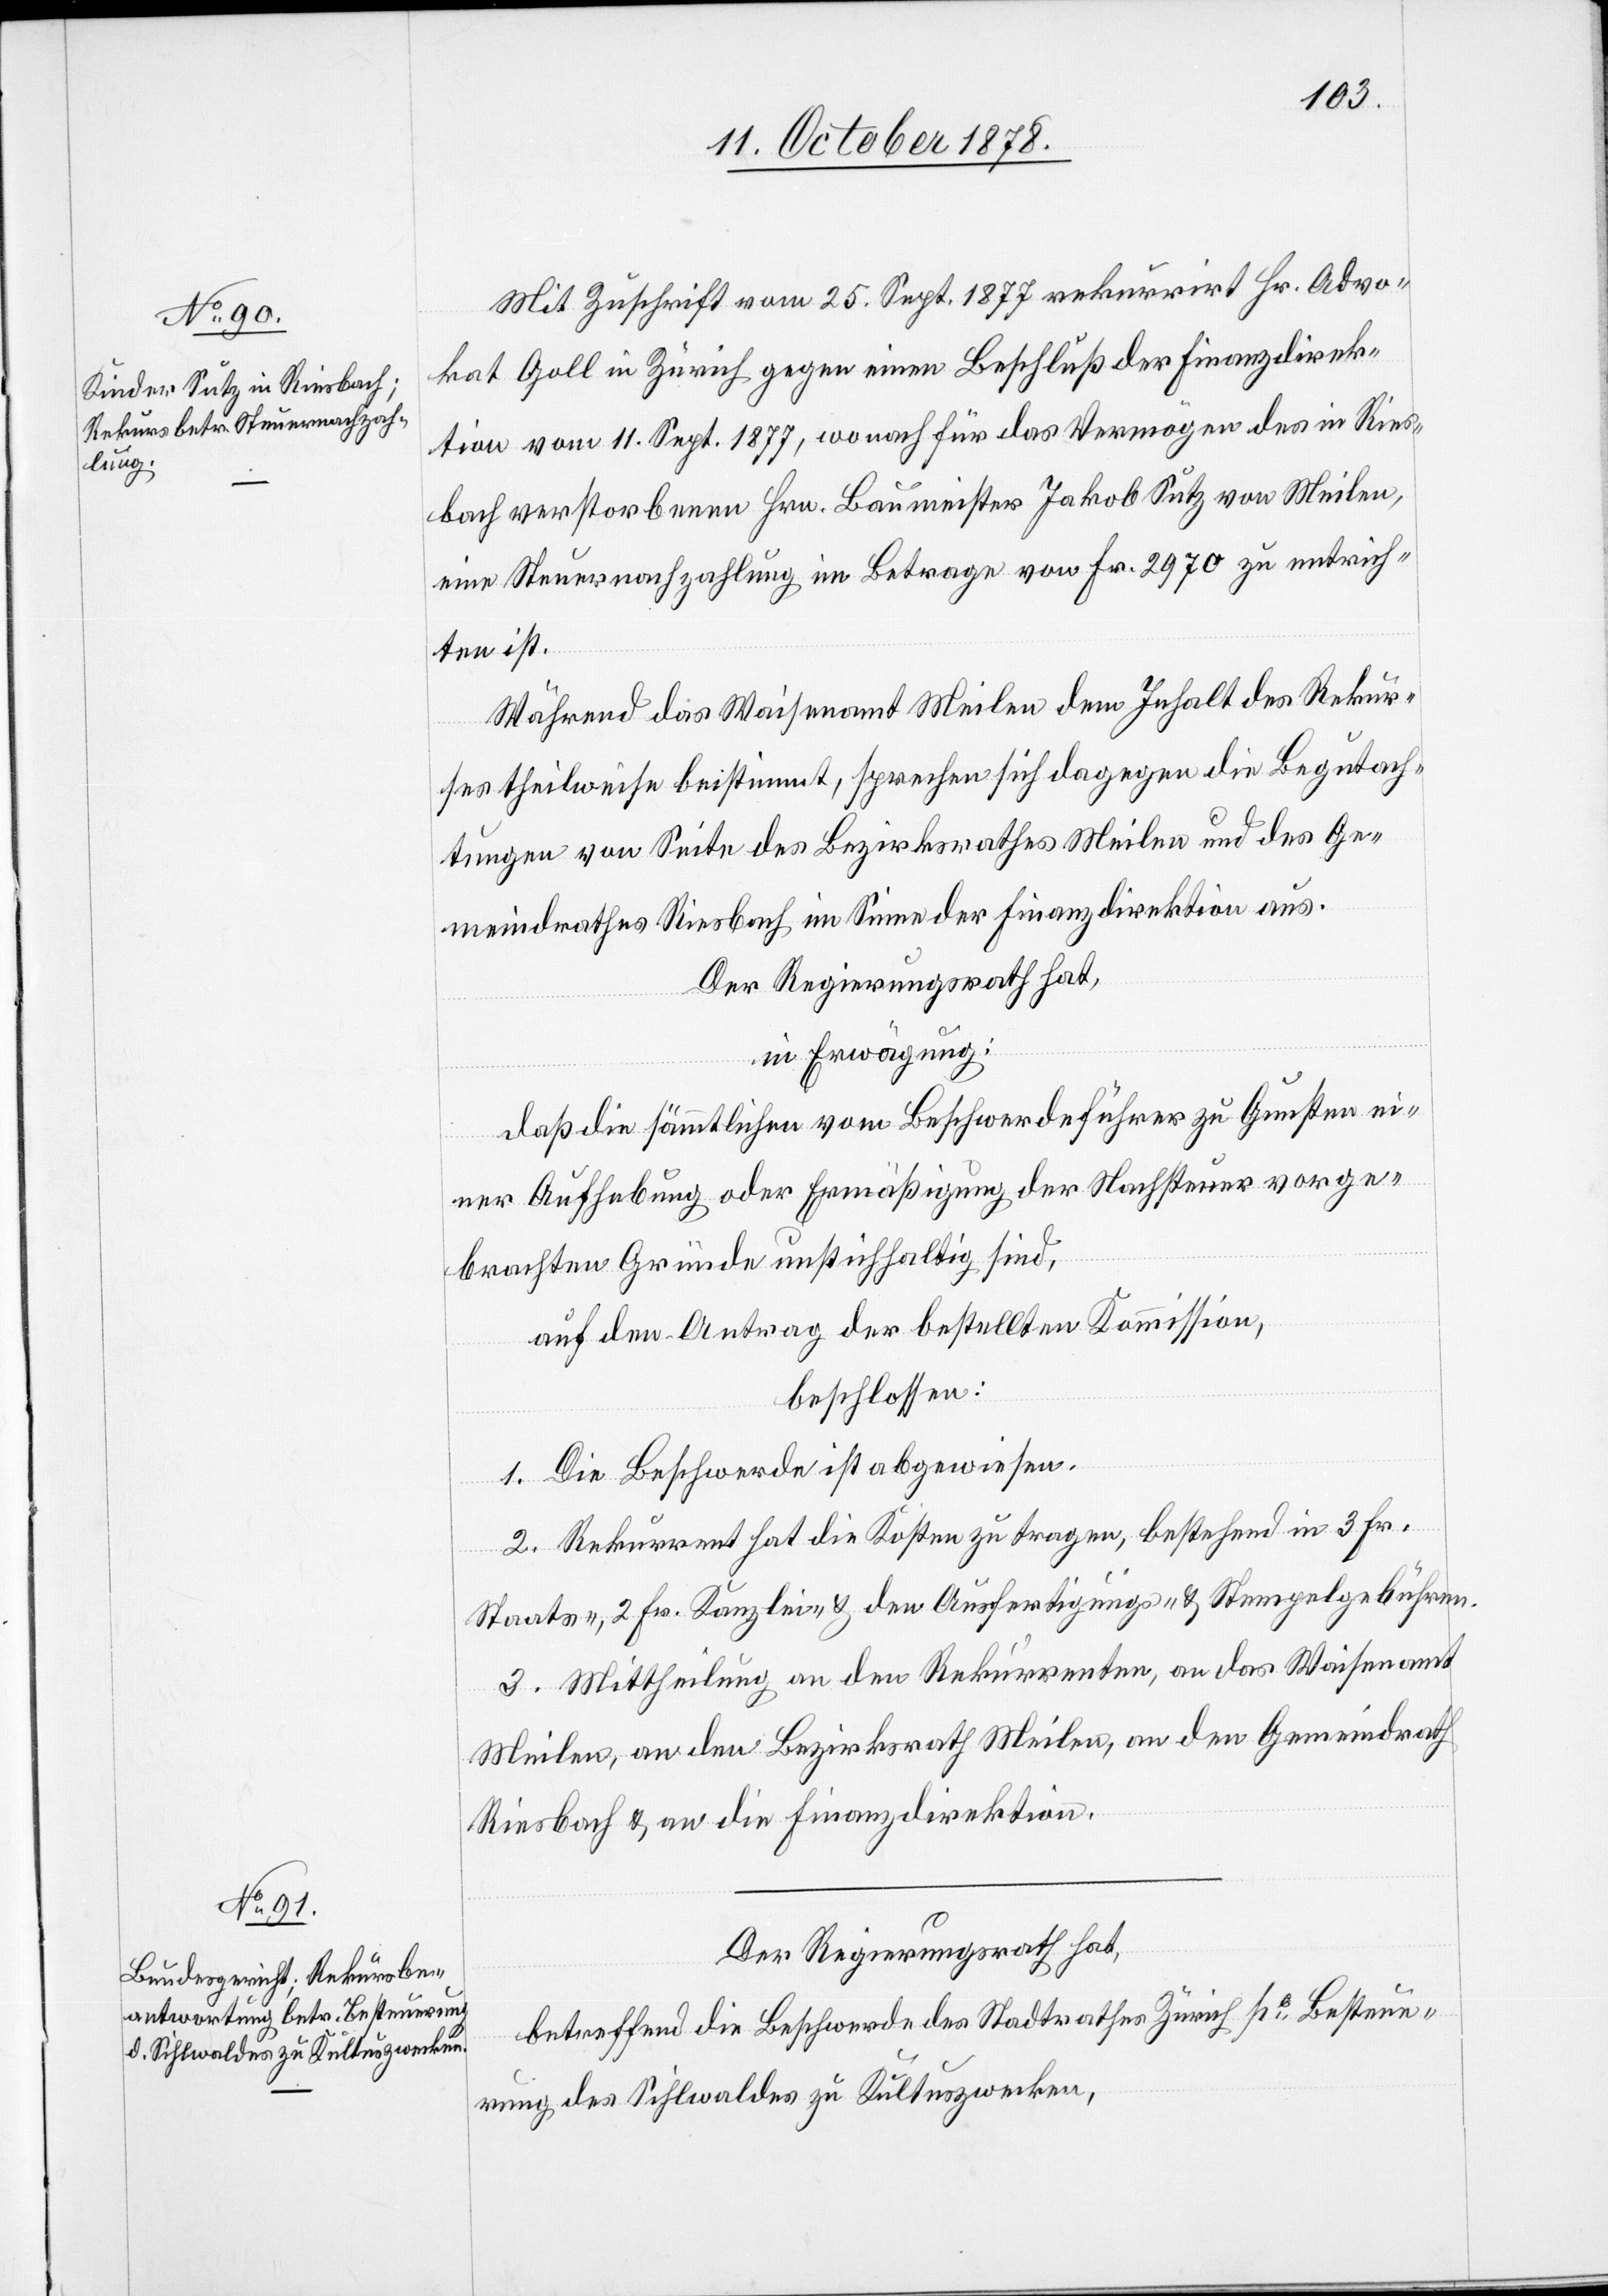
Mit Zuschrift vom 25. Sept. 1877 rekurrirt Hr. Advo¬
kat Goll in Zürich gegen einen Beschluß der Finanzdirek¬
tion vom 11. Sept. 1877, wonach für das Vermögen des in Ries¬
bach verstorbenen Hrn. Baumeister Jakob Sutz von Meilen,
eine Steuernachzahlung im Betrage von Fr. 2970 zu entrich¬
ten ist.
Während das Waisenamt Meilen dem Inhalt des Rekur¬
ses theilweise beistimmt, sprechen sich dagegen die Begutach¬
tungen von Seite des Bezirksrathes Meilen und des Ge¬
meindrathes Riesbach im Sinne der Finanzdirektion aus.
Der Regierungsrath hat,
in Erwägung:
daß die sämmtlichen vom Beschwerdeführer zu Gunsten ei¬
ner Aufhebung oder Ermäßigung der Nachsteuer vorge¬
brachten Gründe unstichhaltig sind,
auf den Antrag der bestellten Kommission,
beschlossen:
1. Die Beschwerde ist abgewiesen.
2. Rekurrent hat die Kosten zu tragen, bestehend in 3 Fr.
Staats-, 2 Fr. Kanzlei- & den Ausfertigungs- & Stempelgebühren.
3. Mittheilung an den Rekurrenten, an das Waisenamt
Meilen, an den Bezirksrath Meilen, an den Gemeindrath
Riesbach & an die Finanzdirektion.
Der Regierungsrath hat,
betreffend die Beschwerde des Stadtrathes Zürich po Besteue¬
rung des Sihlwaldes zu Kultuszwecken,